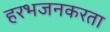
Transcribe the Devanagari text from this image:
हरभजनकरता